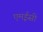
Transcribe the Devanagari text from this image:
एमईसी